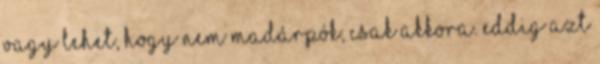
Vagy lehet, hogy nem madárpók, csak akkora. Eddig azt